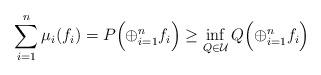
LaTeX: \begin{gather*}\sum_{i=1}^n\mu_i(f_i)=P\Bigl(\oplus_{i=1}^nf_i\Bigr)\ge\inf_{Q\in\mathcal{U}}Q\Bigl(\oplus_{i=1}^nf_i\Bigr)\end{gather*}